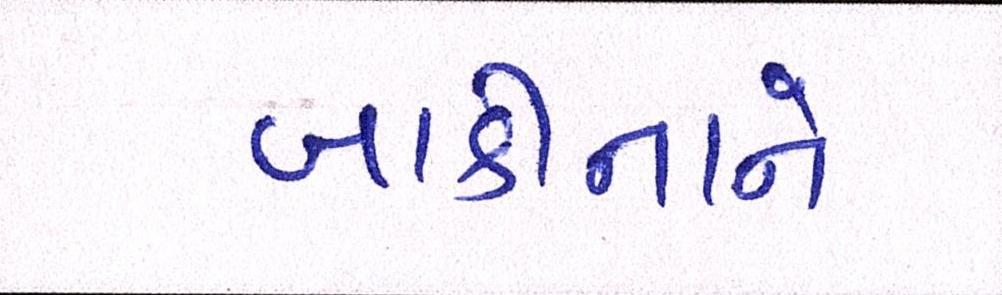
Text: બાકીનાને